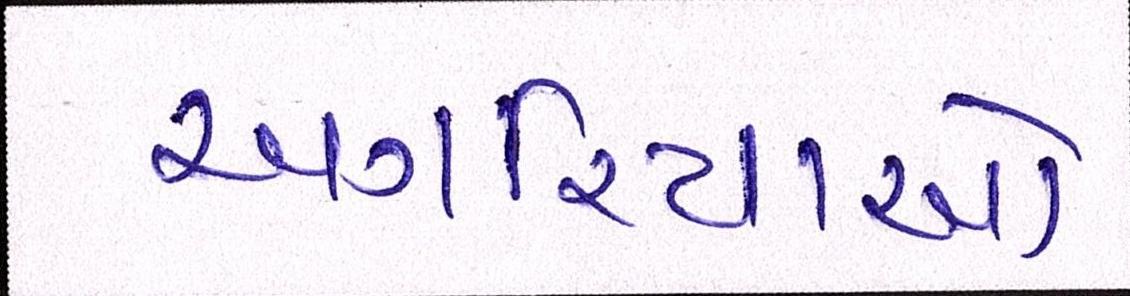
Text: અગરિયાઓ